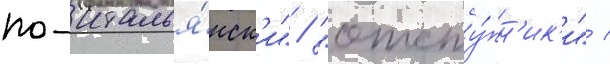
по-италья́нск'и" / "отсту́пн'ик'и" /